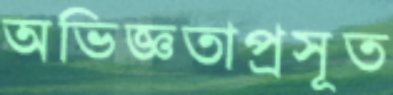
অভিজ্ঞতাপ্রসূত